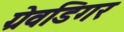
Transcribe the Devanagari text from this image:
ग्रेवडिगर